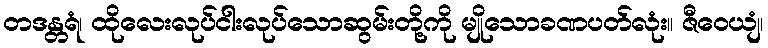
တဒန္တရံ၊ ထိုလေးလုပ်ငါးလုပ်သောဆွမ်းတို့ကို မျိုသောခဏပတ်လုံး။ ဇီဝေယျံ၊